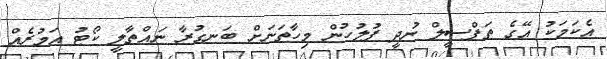
އެކަމަކު އޭގެ ތަފްސީލް ނުދީ ފުލުހުން މިހާތަނަށް ބަނގުރާ ނައްތާލީ ކޯޓު އަމުރެއް